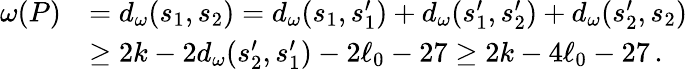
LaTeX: \begin{array}{rl}{\omega(P)}&{=d_{\omega}(s_{1},s_{2})=d_{\omega}(s_{1},s_{1}^{\prime})+d_{\omega}(s_{1}^{\prime},s_{2}^{\prime})+d_{\omega}(s_{2}^{\prime},s_{2})}\\ &{\ge 2k-2d_{\omega}(s_{2}^{\prime},s_{1}^{\prime})-2\ell_{0}-27\ge 2k-4\ell_{0}-27\, .}\end{array}